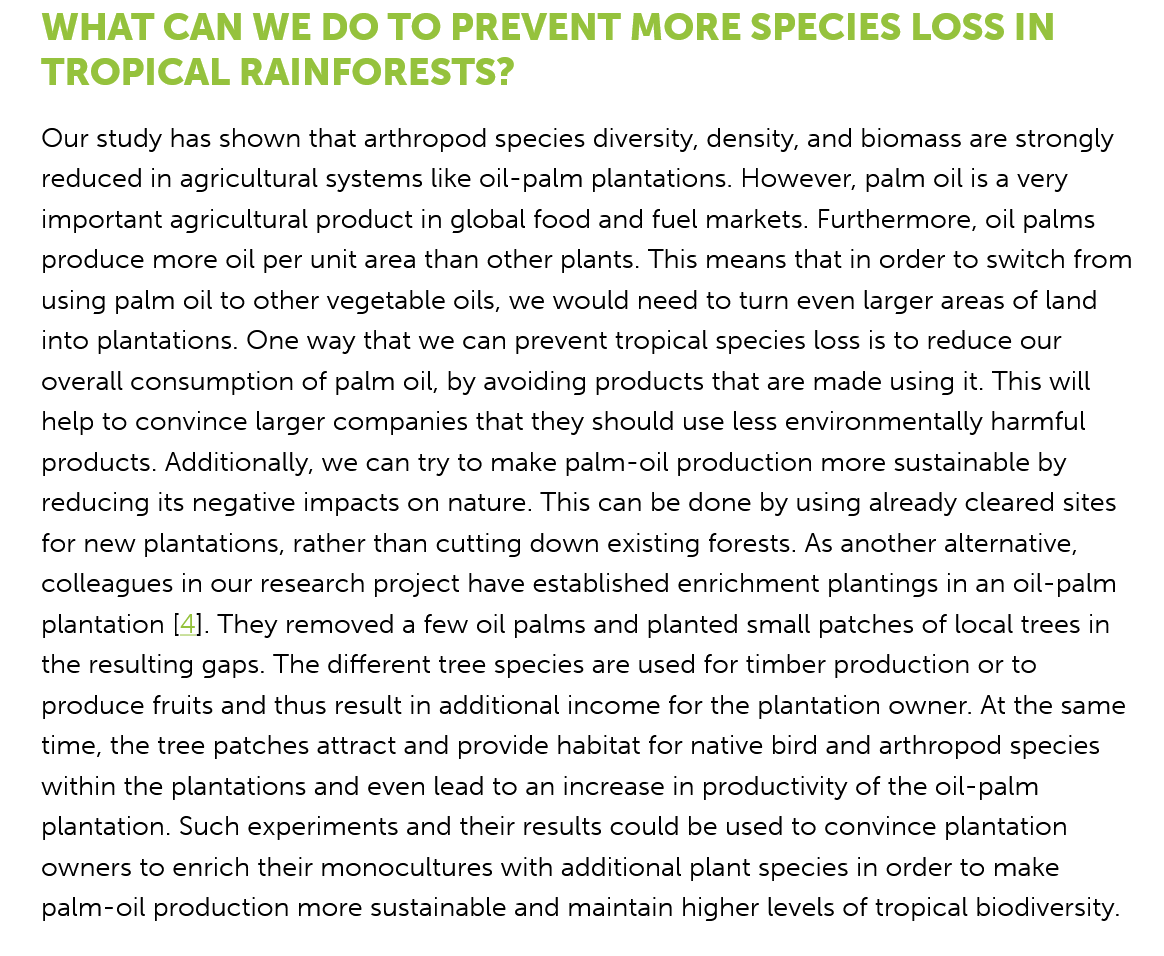
WHAT    CAN   WE   DO   TO   PREVENT    MORE   SPECIES    LOSS   IN
    TROPICAL    RAINFORESTS?
    Our study has shown that arthropod species diversity, density, and biomass are strongly
    reduced in agricultural systems like oil-palm plantations. However, palm oil is a very
    important agricultural product in global food and fuel markets. Furthermore, oil palms
    produce more oil per unit area than other plants. This means that in order to switch from
    using palm oil to other vegetable oils, we would need to turn even larger areas of land
    into plantations. One way that we can prevent tropical species loss is to reduce our
    overall consumption of palm oil, by avoiding products that are made using it. This will
    help to convince larger companies that they should use less environmentally harmful
    products. Additionally, we can try to make palm-oil production more sustainable by
    reducing its negative impacts on nature. This can be done by using already cleared sites
    for new plantations, rather than cutting down existing forests. As another alternative,
    colleagues in our research project have established enrichment plantings in an oil-palm
    plantation [4]. They removed a few oil palms and planted small patches of local trees in
    the resulting gaps. The different tree species are used for timber production or to
    produce fruits and thus result in additional income for the plantation owner. At the same
    time, the tree patches attract and provide habitat for native bird and arthropod species
    within the plantations and even lead to an increase in productivity of the oil-palm
    plantation. Such experiments and their results could be used to convince plantation
    owners to enrich their monocultures with additional plant species in order to make
    palm-oil production more sustainable and maintain higher levels of tropical biodiversity.